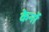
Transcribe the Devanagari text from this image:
केर्नो